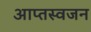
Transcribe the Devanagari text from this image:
आप्तस्वजन